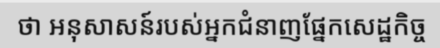
ថា អនុសាសន៍របស់អ្នកជំនាញផ្នែកសេដ្ឋកិច្ច